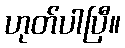
ဟုတ်ပါပြီ။